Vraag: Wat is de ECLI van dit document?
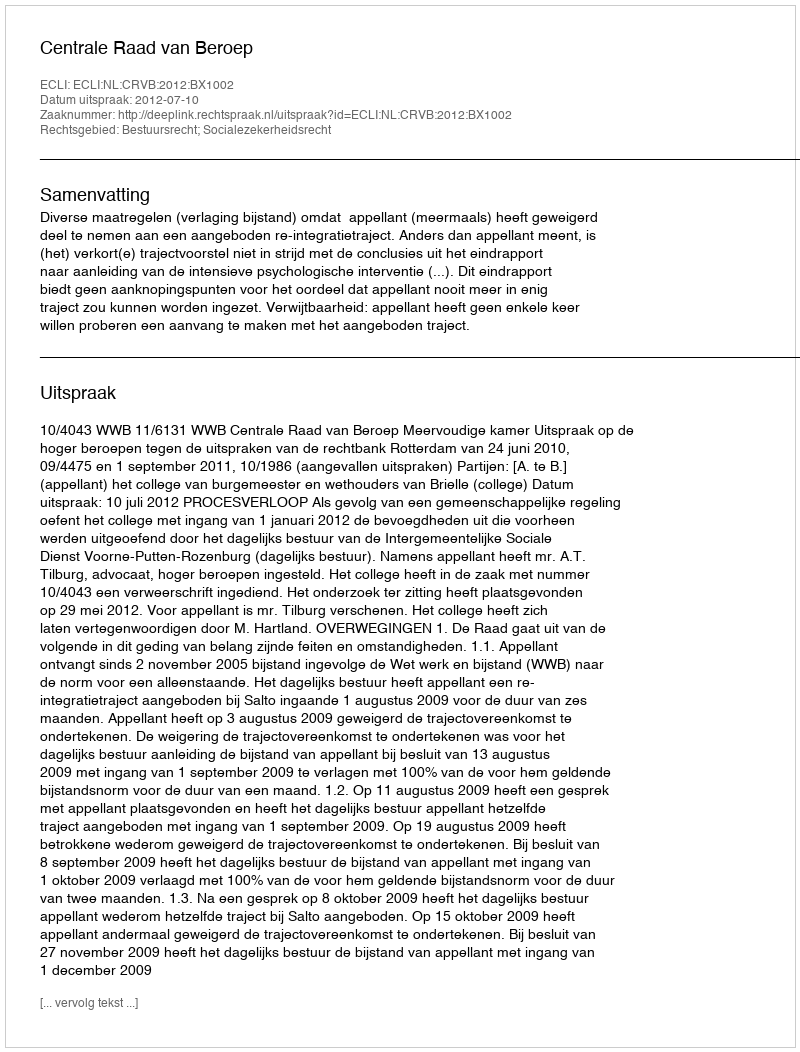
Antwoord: ECLI:NL:CRVB:2012:BX1002